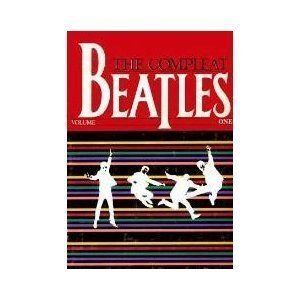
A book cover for The Compleat Beatles; Milton Okun; Humor & Entertainment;